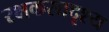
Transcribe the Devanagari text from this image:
रक्षकसादृश्य